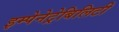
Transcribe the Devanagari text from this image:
इम्पेनेट्रेबिलिटी